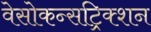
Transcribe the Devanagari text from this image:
वेसोकन्सट्रिक्शन